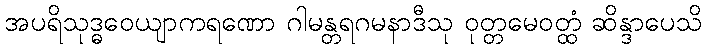
အပရိသုဒ္ဓဝေယျာကရဏော ဂါမန္တရဂမနာဒီသု ဝုတ္တမေဝတ္ထံ ဆိန္ဒာပေသိ